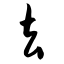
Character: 去